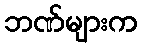
ဘဏ်များက